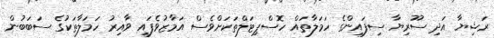
ރަޝިޔާ އަދި ސޫރިޔާ ސިފައިންގެ ހަމަލާތައް ހޮސްޕިޓަލްތަކަށްވެސް އަމާޒުވެފައި ވާއިރު ހަމަލާތަކުގެ ސަބަބުން